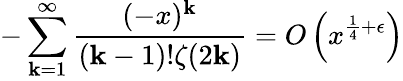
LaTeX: -\sum_{\mathbf{k}=1}^{\infty}{\frac{{(-x)^{\mathbf{k}}}}{{(\mathbf{k}-1)!\zeta(2\mathbf{k})}}}=O\left(x^{{\frac{{1}}{{4}}}+\epsilon}\right)